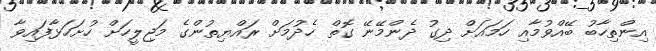
އިންތިހާބު ބޭއްވުމާއި ހަމައަށް ދިގު ދެންމޭނޭ ގޮތް ހެދުމަށް ރައްޔިތުންގެ މަޖިލީހަށް ހުށަހަޅާފައިވާ